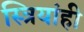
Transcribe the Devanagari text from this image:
स्त्रियांही